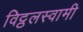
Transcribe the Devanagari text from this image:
विट्ठलस्वामी